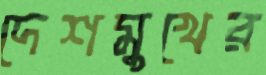
দেশমুখের